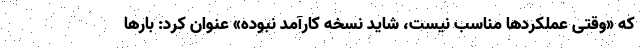
که «وقتی عملکردها مناسب نیست، شاید نسخه کارآمد نبوده» عنوان کرد: بارها